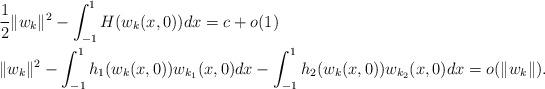
LaTeX: \begin{align*}&\frac{1}{2}\|w_k\|^2-\int_{-1}^{1} H(w_k(x, 0))dx=c+o(1)\; \\&\|w_k\|^2-\int_{-1}^{1} h_1(w_k(x, 0))w_{k_1}(x, 0)dx-\int_{-1}^{1} h_2(w_k(x, 0))w_{k_2}(x, 0)dx={o(\|w_k\|)}.\end{align*}